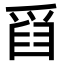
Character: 𤔘